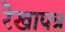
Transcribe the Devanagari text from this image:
रेखापत्र